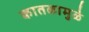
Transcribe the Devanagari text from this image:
कातळामुळे